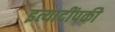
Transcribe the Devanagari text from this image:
इत्यादींपकी